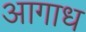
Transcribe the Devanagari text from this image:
आगाध